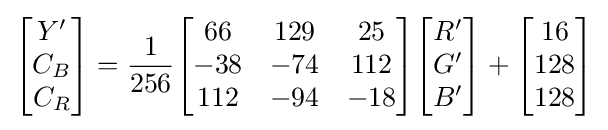
{\begin{bmatrix}Y'\\C_{B}\\C_{R}\end{bmatrix}}={\frac {1}{256}}{\begin{bmatrix}66&129&25\\-38&-74&112\\112&-94&-18\end{bmatrix}}{\begin{bmatrix}R'\\G'\\B'\end{bmatrix}}+{\begin{bmatrix}16\\128\\128\end{bmatrix}}